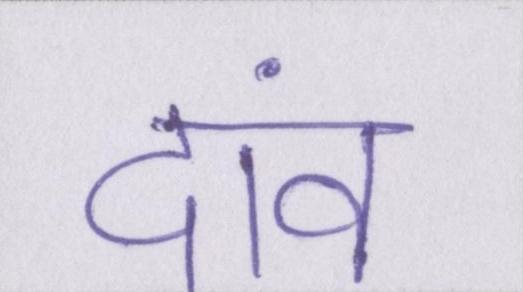
दांव